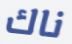
ناك